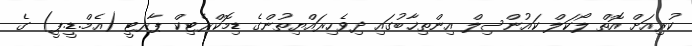
ކުރިއަށް އޮތް ލޯކަލް ކައުންސިލް އިންތިޚާބުގައި ދިވެހިރައްޔިތުންގެ ޑިމޮކްރެޓިކް ޕާރޓީ (އެމް.ޑީ.ޕީ) ގެ